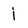
Character: j